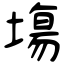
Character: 塲